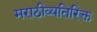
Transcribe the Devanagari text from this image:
मराठीव्यतिरिक्त